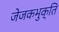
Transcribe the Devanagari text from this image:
जेजकभुक्ति